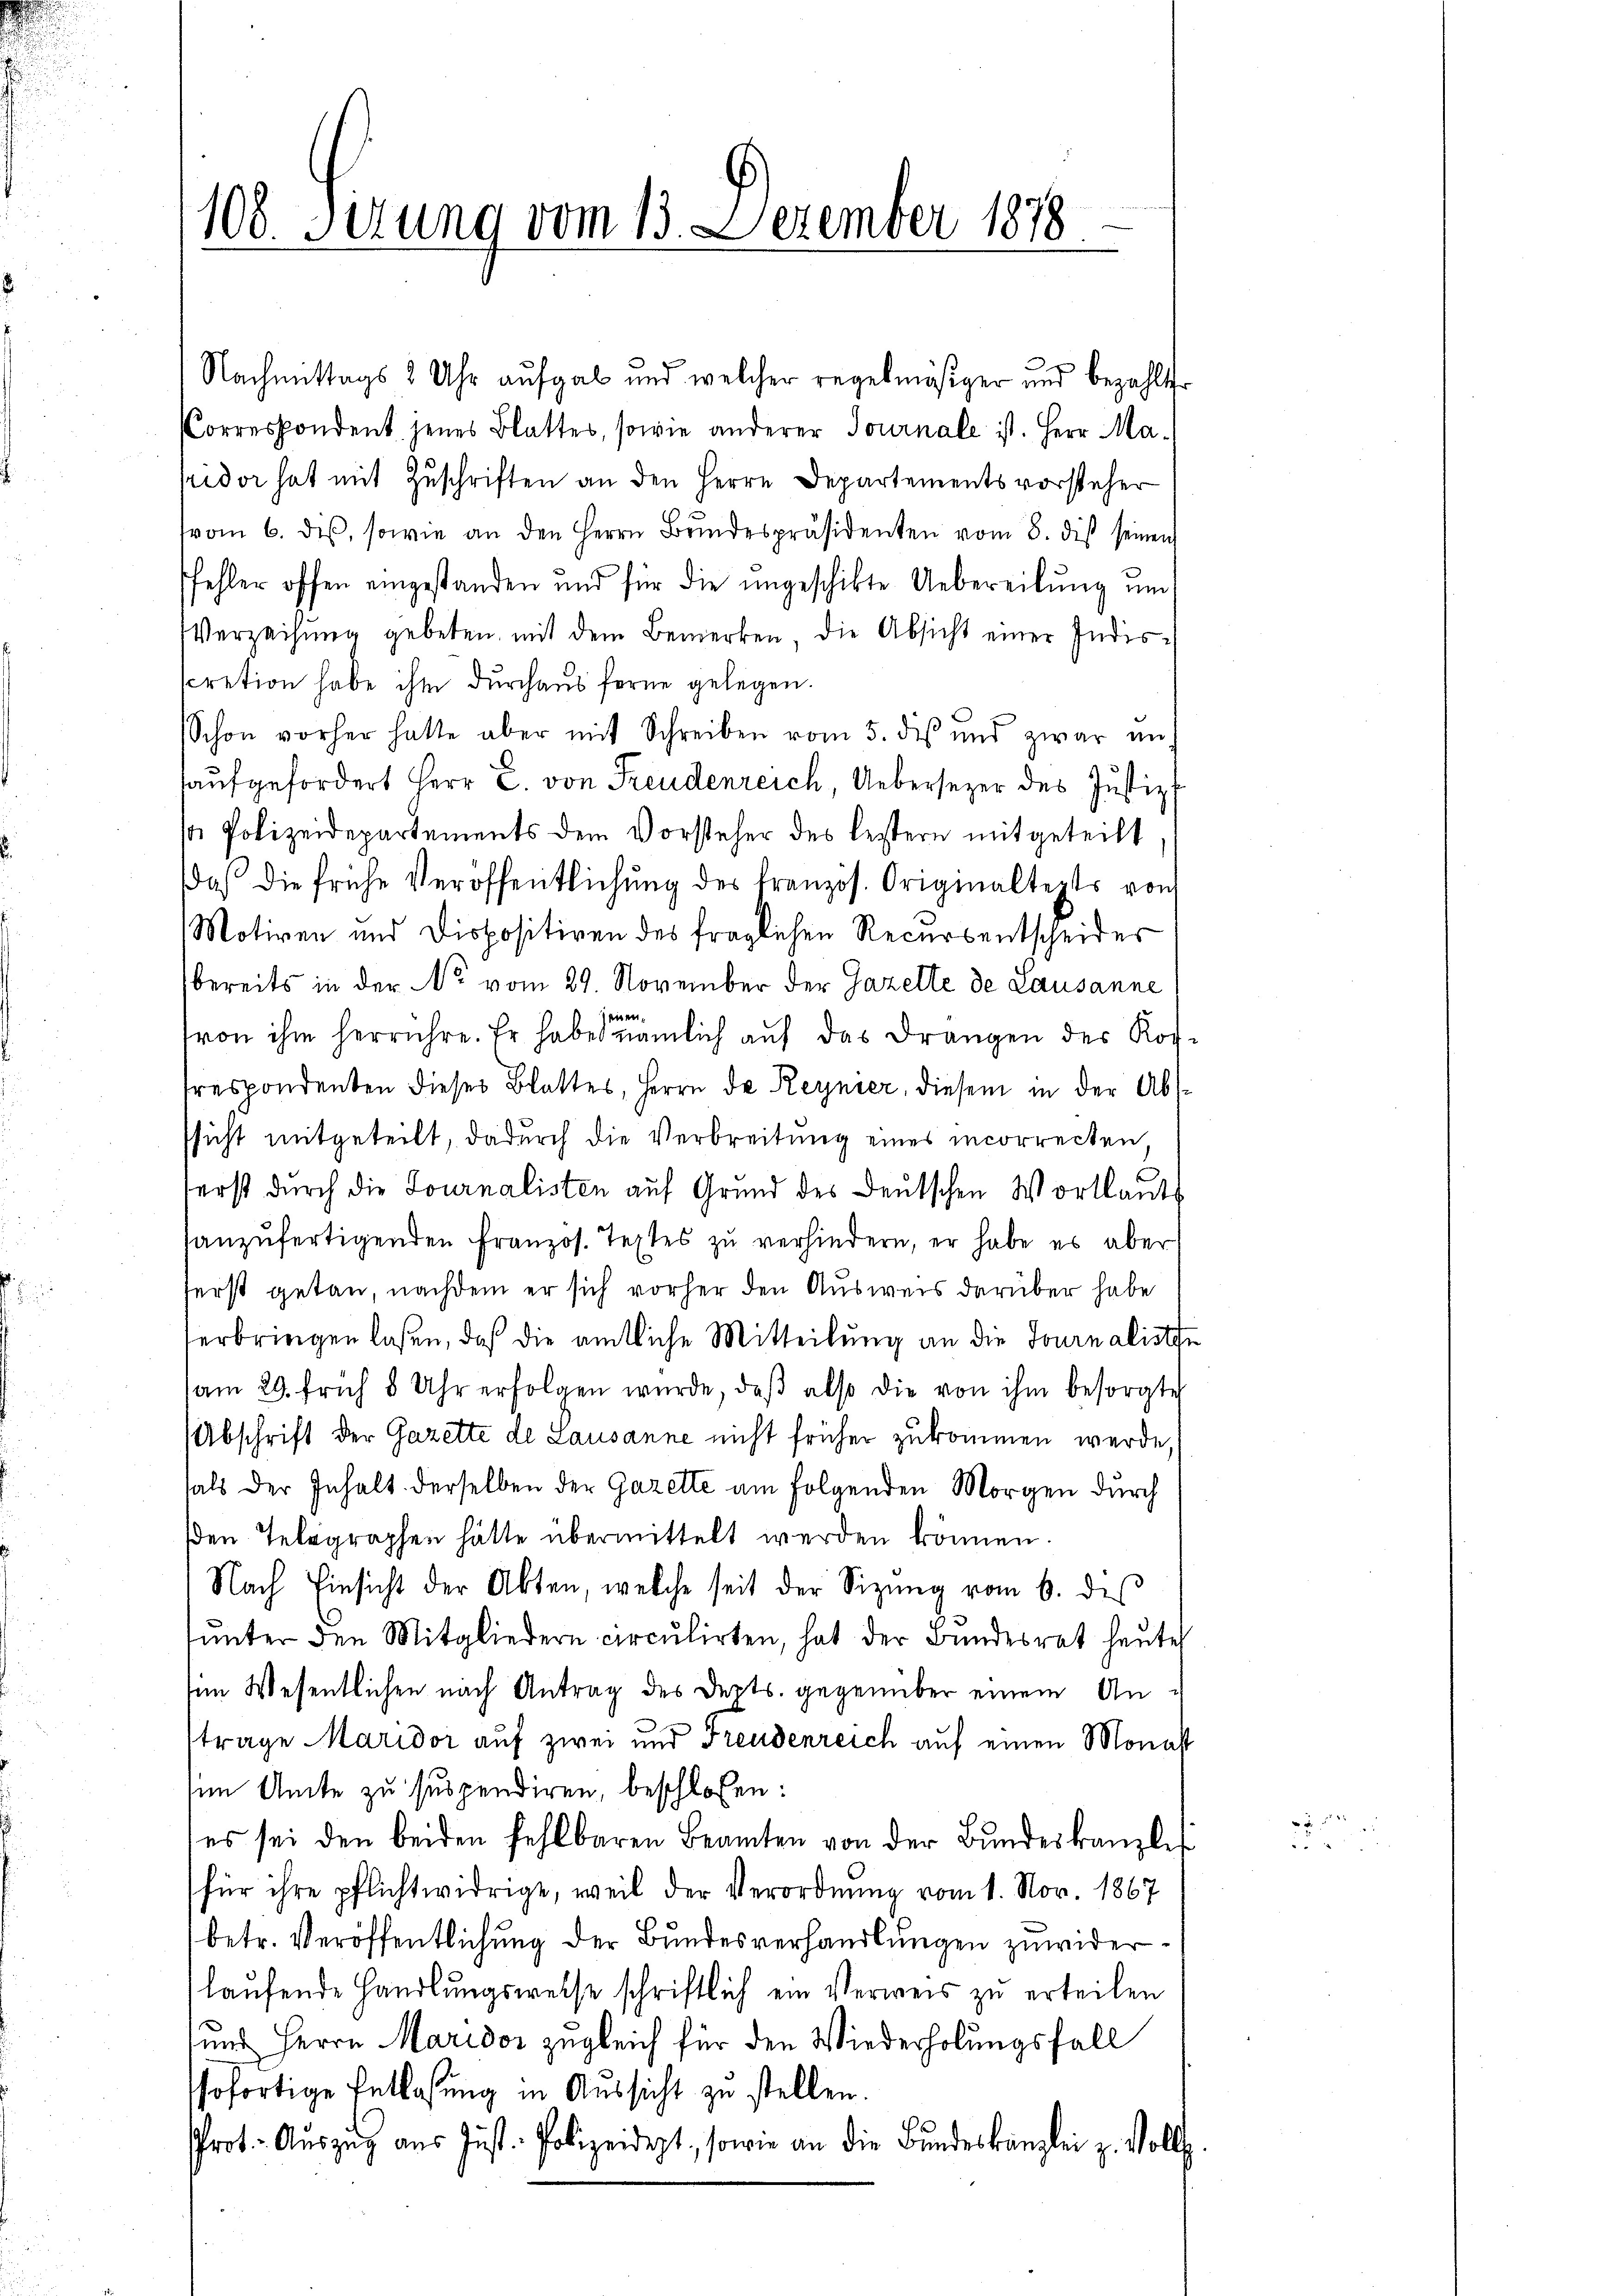
108. Sirung vom 13. Dezember 1878

Nachmittags 8 Uhr aufgab und welcher regelmäßiger und bezahlter
CCorrespondent jenes Blattes, sowie anderer Journale ist. Herr Ma-
ridor hat mit Zuschriften an den Herrn Departementsvorsteher
vom 6. des, sowie an den Herrn Bŭndespräsidenten vom 8. diβ seinen
fehler offen eingestanden und für die ungeschikte Uebereilung und
Verzeihung gebeten, mit dem Bemerken die Absicht einer Indis-
cration habe ihm durchaus ferne gelegen.
Schon vorher hatte aber mit Schreiben vom 5. des und zwar auf
aufgefordert Herr C. von Freudenreich, Uebersezer des Justiz-
s Polizeidepartements dem Vorsteher des lestern mitgeteilt
daß die frühe Veröffentlichŭng des französ. Originaltepts von
Motiven und Dispositiven des fraglichen Recursentscheides
bereits in der No vom 29. November der Gazette de Lausanne
i
(von ihm herrühre. Er habe nämlich auf das Drangen der Kofrespondenten dieser Blattes, Herrn da Reynier, diesem in der Abssicht mitgeteilt, dadurch die Verbreitung eines incorrecten
ferst durch die Journalisten auf Grund des Deutschen Wortlaut
anzŭfertigenden Französ. Textes zŭ verhindern, er habe es aber
ferst getan, nachdem er sich vorher den Ausweis darüber habe
erbringen laßen, daß die amtliche Mitteilung an die Journalisthe
am 29. früh 8 Uhr erfolgen würde, daβ also die von ihm besorgte
Abschrift der Gazette de Lausanne nicht früher zukommen werde.
als der Inhalt derselben der Gazette am folgenden Morgen durch
sden Telegraphen hätte übermittelt werden können.
Nach Einsicht der Akten, welche seit der Sizŭng vom 6. des
ŭnter den Mitgliedern circŭlirten, hat der Bŭndesrat heŭte
Im Wesentlichen nach Antrag des Depts. gegenüber einem Antrage Maridor auf zwei und Freudenreich auf einen Monast
im Amte zu suspendiren, beschlossen:
es sei den beiden Fehlbaren Beamten von der Bŭndeskanzle
für ihre pflichtwidrige, weil der Verordnung vom 1. Nov. 1867
betr. Veröffentlichung der Bundesverhandlungen zuwiderlaufende Handlungsweise schriftlich ein Verweis zu erteilen
und Herrn Maridor zugleich für den Wiederholungsfall
hofortige Entlaßung in Aussicht zu stellen.
prot. Auszug aus Just. Polizeidet, sowie an die Bundeskanzlei z. Vollz